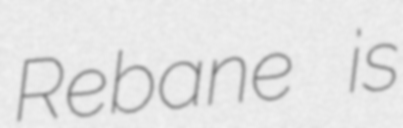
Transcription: Rebane is